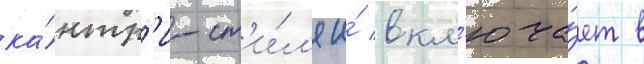
ка́нтр'и-ст'и́л'я и́ вкл'юча́ет в